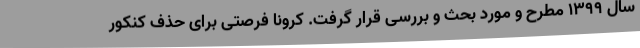
سال 1399 مطرح و مورد بحث و بررسی قرار گرفت. کرونا فرصتی برای حذف کنکور